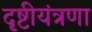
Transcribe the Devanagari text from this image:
दृष्टीयंत्रणा